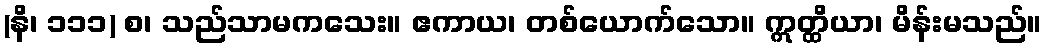
(နိ၊ ၁၁၁) စ၊ သည်သာမကသေး။ ဧကာယ၊ တစ်ယောက်သော။ ဣတ္ထိယာ၊ မိန်းမသည်။